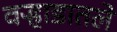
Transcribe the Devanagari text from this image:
वऱ्हाडातले